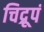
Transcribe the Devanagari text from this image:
चिद्रूपं